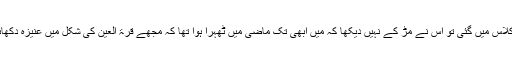
اس لیے جب وہ کلاس میں گئی تو اس نے مڑ کے نہیں دیکھا کہ مَیں ابھی تک ماضی میں ٹھہرا ہوا تھا کہ مجھے قرۃ العین کی شکل میں عنیزہ دکھائی دے رہی تھی۔